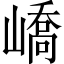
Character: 嶠